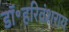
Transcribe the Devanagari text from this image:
डॉ॰हरिवंशराय